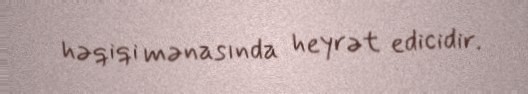
həqiqi mənasında heyrət edicidir.